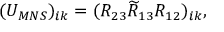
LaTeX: ( U _ { M N S } ) _ { i k } = ( R _ { 2 3 } \widetilde { R } _ { 1 3 } R _ { 1 2 } ) _ { i k } ,